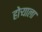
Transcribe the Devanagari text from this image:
होर्‍याला